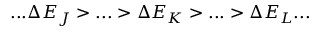
. . . \Delta E _ { J } > . . . > \Delta E _ { K } > . . . > \Delta E _ { L } . . .